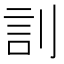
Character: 䚯